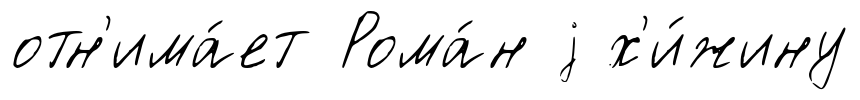
отн'има́ет Рома́н j х'и́жину